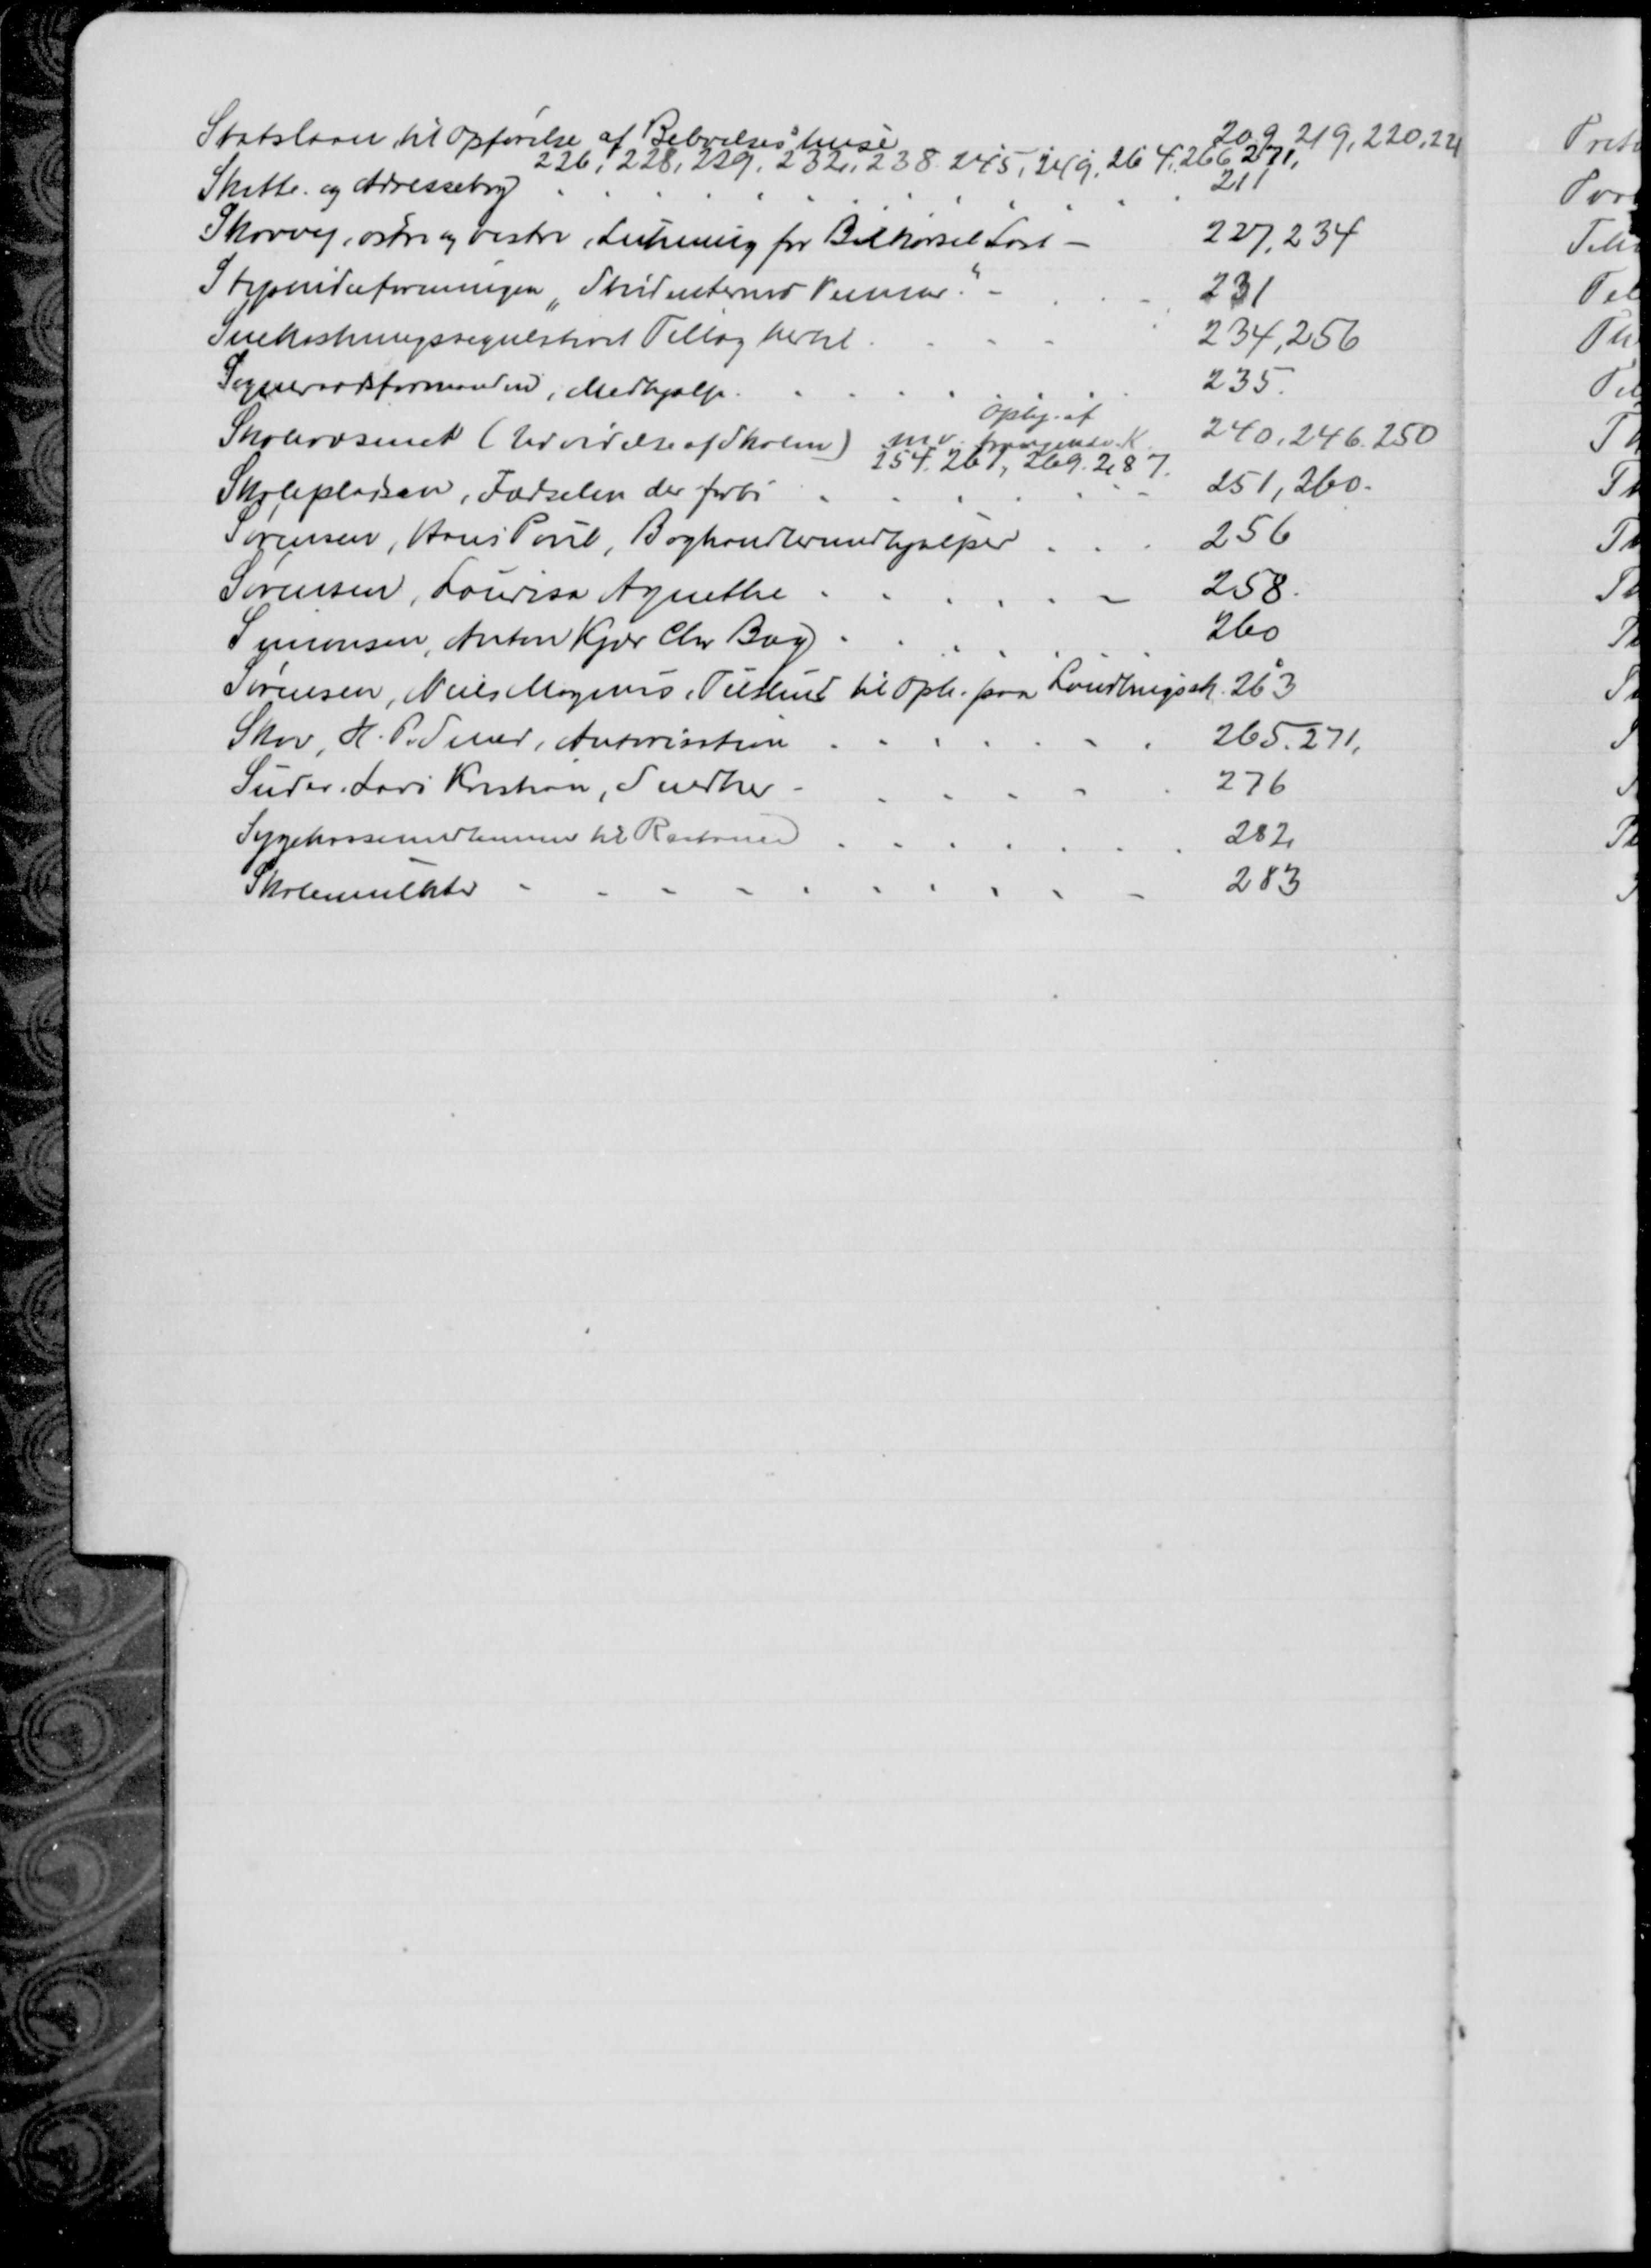
Transskription:
Statslaan til Opførelse af Beboelseshuse
209, 219, 220, 221 
226, 228, 229, 232, 238, 245, 249, 264, 266 271,
Skatte- og Adressebog
211
Skovvej, østre og vestre, Lukning for Bilkørsel Last 
227, 234
Stipendieforeningen "Studenternes Venner."
231
Snekastningsregulativet Tillæg hertil 
234, 256
Sogneraadsformanden, Medhjælp.
235
Skolevæsenet (Udvidelse af Skolen) mv.  K
Oply. af
240, 246, 250
254, 261, 269, 287
Skolepladsen, Færdselen der forbi
251, 260
Sørensen, Hans Poul, Boghandlermedhjælper
256
Sørensen, Laurisa Agnethe
258
Simonsen, Anton Kjær Chr Bay
260
Sørensen, Niels Magnus, Tilskud til Oph. paa Landbrugssk. 263
Skov, H. P. Smed, Autorisation
265, 271,
Suder, Lars Kristian, Snedker
276
Sygekassemedlemmer til Restance
282
Skolemulkter
283